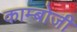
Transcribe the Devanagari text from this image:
काम्बोजी